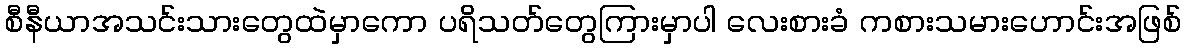
စီနီယာအသင်းသားတွေထဲမှာကော ပရိသတ်တွေကြားမှာပါ လေးစားခံ ကစားသမားဟောင်းအဖြစ်